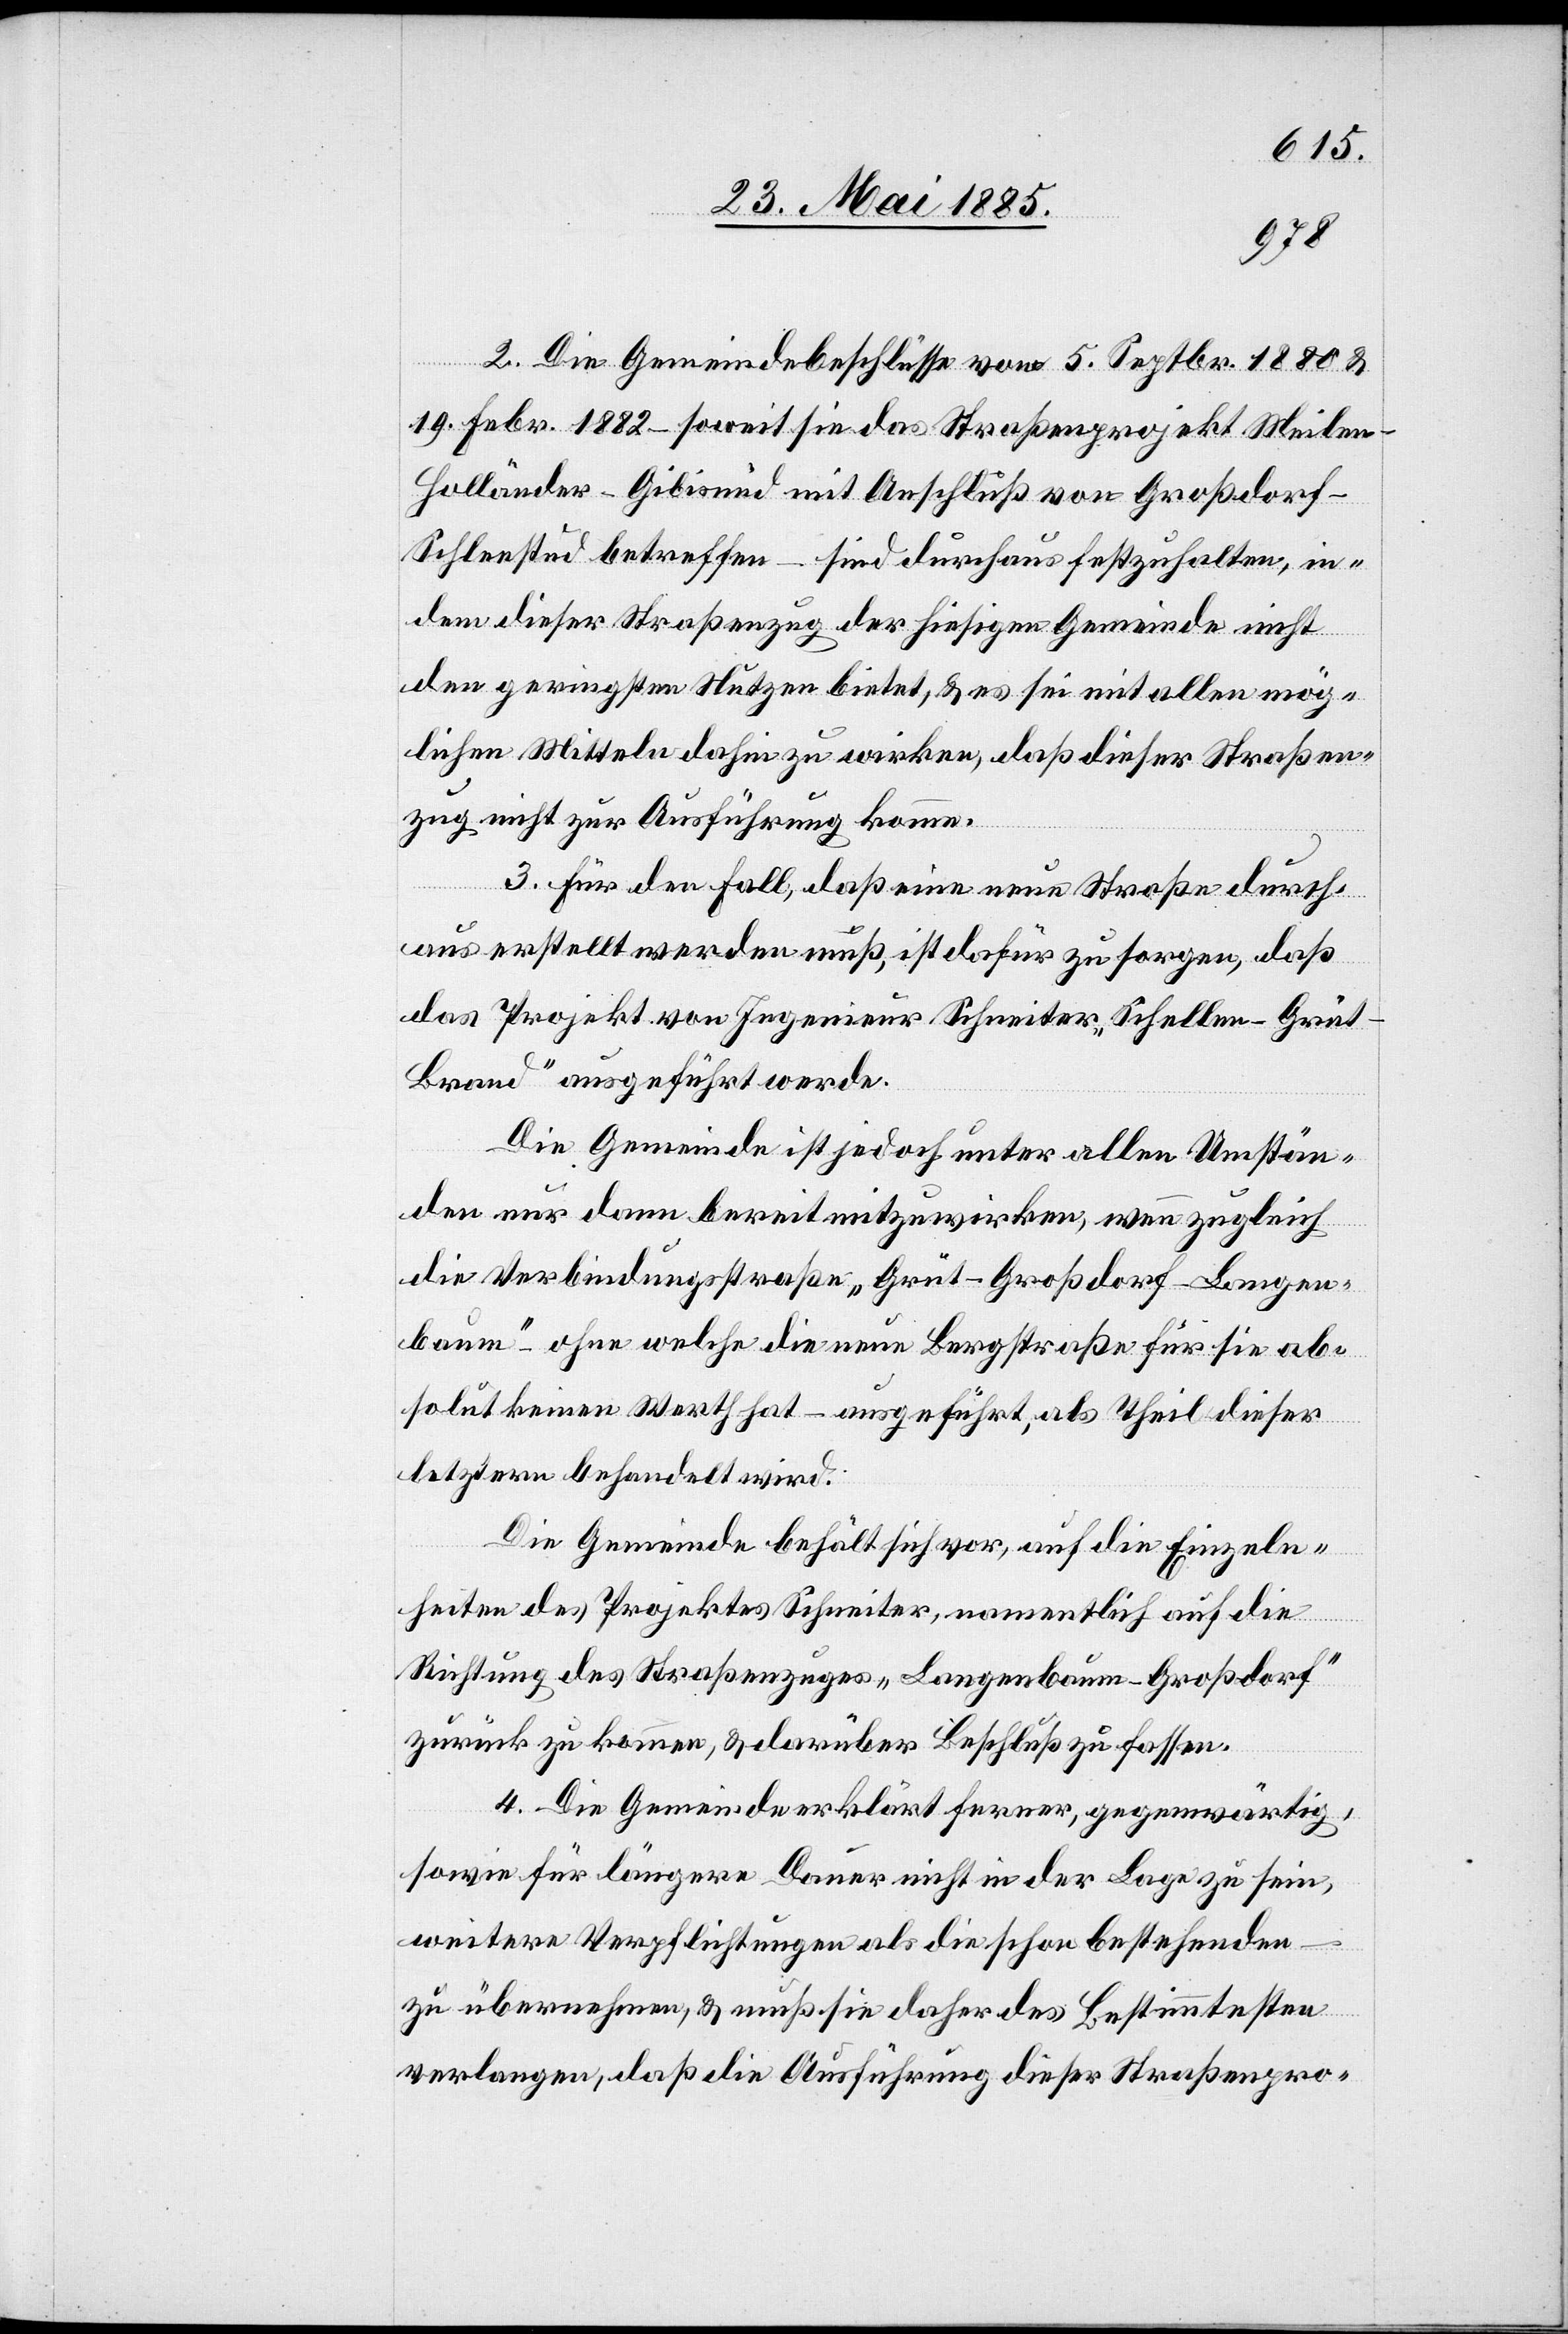
2. Die Gemeindebeschlüsse vom 5. Septbr. 1880 &
19. Febr. 1882 – soweit sie das Straßenprojekt Meilen–H¬
olländer–Gibisnüd mit Anschluß von Großdorf–S¬
chleestud betreffend – sind durchaus festzuhalten, in¬
dem dieser Straßenzug der hiesigen Gemeinde nicht
den geringsten Nutzen bietet, & es sei mit allen mög¬
lichen Mitteln dahin zu wirken, daß dieser Straßen¬
zug nicht zur Ausführung komme.
3. Für den Fall, daß eine neue Straße durch
uns erstellt werden muß, ist dafür zu sorgen, daß
das Projekt von Ingenieur Schneiter „Schellen–Grü¬
t–Brand“ ausgeführt werde.
Die Gemeinde ist jedoch unter allen Umstän¬
den nur dann bereit mitzuwirken, wenn zugleich
die Verbindungsstrecke „Grüt–Großdorf–Langen¬
baum“ – ohne welche die neue Bergstraße für sie ab¬
solut keinen Werth hat – ausgeführt, als Theil dieser
letztern behandelt wird.
Die Gemeinde behält sich vor, auf die Einzel¬
heiten des Projektes Schneiter, namentlich auf die
Richtung des Straßenzuges „Langenbaum–Großdorf“
zurück zu kommen, & darüber Beschluß zu fassen.
4. Die Gemeinde erklärt ferner, gegenwärtig,
sowie für längere Dauer nicht in der Lage zu sein,
weiterer Verpflichtungen als die schon bestehenden
zu übernehmen, & muß sie daher des Bestimmtesten
verlangen, daß die Ausführung dieser Straßenpro-